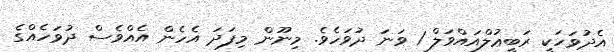
އެދުވަހަކީ ރަބީޢުލްއައްވަލް 1 ވަނަ ދުވަހެވެ. މިނޫން މިފަދަ އެހެން އެއްވެސް ދުވަހެއްގެ